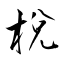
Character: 梲